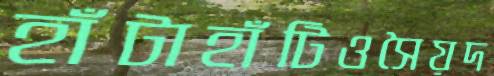
হাঁটাহাঁটিওসৈয়দ